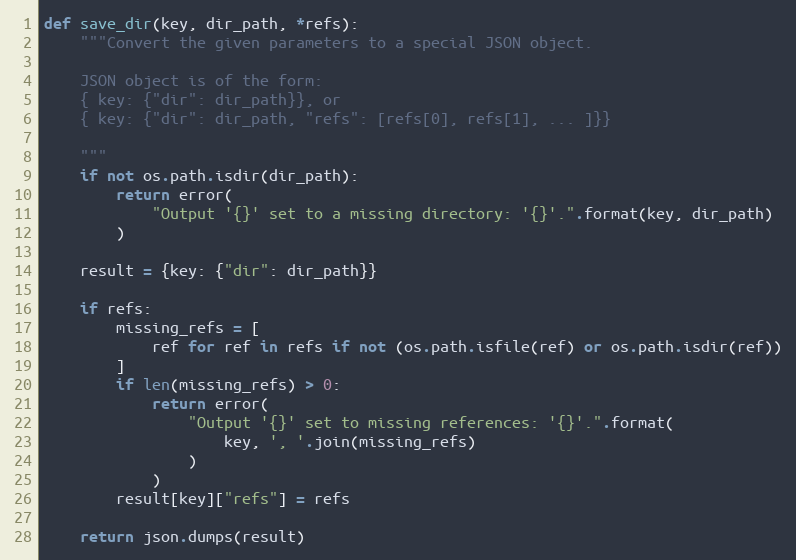
Language: Python
def save_dir(key, dir_path, *refs):
    """Convert the given parameters to a special JSON object.

    JSON object is of the form:
    { key: {"dir": dir_path}}, or
    { key: {"dir": dir_path, "refs": [refs[0], refs[1], ... ]}}

    """
    if not os.path.isdir(dir_path):
        return error(
            "Output '{}' set to a missing directory: '{}'.".format(key, dir_path)
        )

    result = {key: {"dir": dir_path}}

    if refs:
        missing_refs = [
            ref for ref in refs if not (os.path.isfile(ref) or os.path.isdir(ref))
        ]
        if len(missing_refs) > 0:
            return error(
                "Output '{}' set to missing references: '{}'.".format(
                    key, ', '.join(missing_refs)
                )
            )
        result[key]["refs"] = refs

    return json.dumps(result)